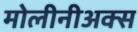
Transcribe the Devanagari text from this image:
मोलीनीअक्स